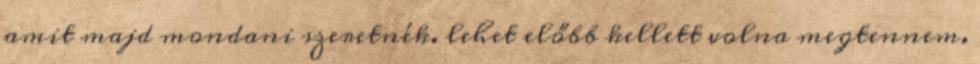
amit majd mondani szeretnék. lehet előbb kellett volna megtennem.